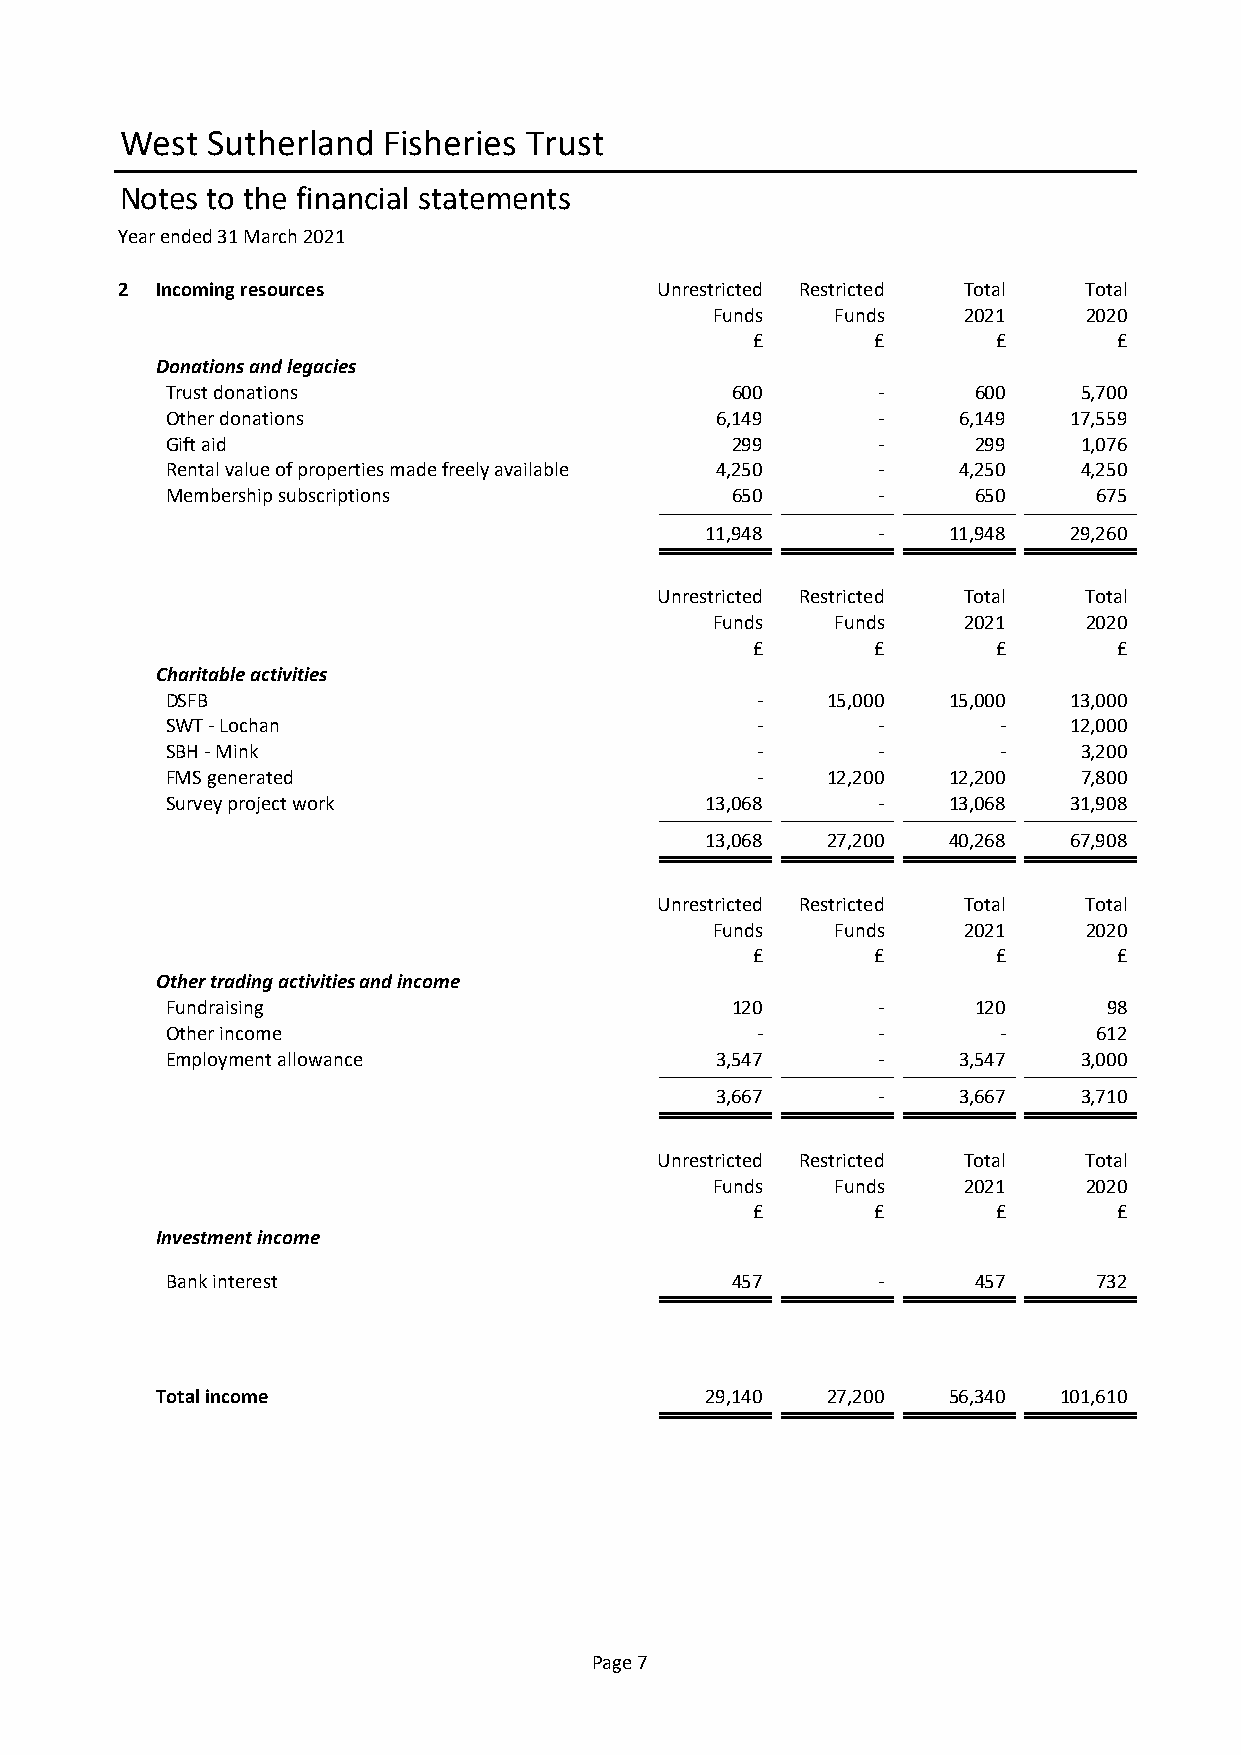
West  Sutherland Fisheries Trust
 Notes to the financial statements
 Year ended 31 March 2021
 2 Incoming resources               Unrestricted Restricted Total Total
 Funds   Funds    2021    2020
 £       £       £       £
 Donations and legacies
 Trust donations                      600       -     600     5,700
 Other donations                     6,149      -    6,149   17,559
 Gift aid                             299       -     299     1,076
 Rental value of properties made freely available 4,250 - 4,250 4,250
 Membership subscriptions             650       -     650      675
 11,948     -    11,948  29,260
 Unrestricted Restricted Total Total
 Funds   Funds    2021    2020
 £       £       £       £
 Charitable activities
 DSFB                                   -    15,000  15,000  13,000
 SWT - Lochan                           -       -       -    12,000
 SBH - Mink                             -       -       -     3,200
 FMS generated                          -    12,200  12,200   7,800
 Survey project work                 13,068     -    13,068  31,908
 13,068  27,200  40,268  67,908
 Unrestricted Restricted Total Total
 Funds   Funds    2021    2020
 £       £       £       £
 Other trading activities and income
 Fundraising                          120       -     120      98
 Other income                           -       -       -      612
 Employment allowance                3,547      -    3,547    3,000
 3,667      -    3,667    3,710
 Unrestricted Restricted Total Total
 Funds   Funds    2021    2020
 £       £       £       £
 Investment income
 Bank interest                        457       -     457      732
 Total income                         29,140  27,200  56,340 101,610
 Page 7